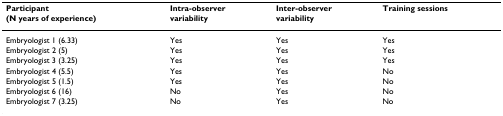
| Participant(N years of experience) | Intra-observervariability | Inter-observervariability | Training sessions |
 | --- | --- | --- | --- |
 | Embryologist 1 (6.33) | Yes | Yes | Yes |
 | Embryologist 2 (5) | Yes | Yes | Yes |
 | Embryologist 3 (3.25) | Yes | Yes | Yes |
 | Embryologist 4 (5.5) | Yes | Yes | No |
 | Embryologist 5 (1.5) | Yes | Yes | No |
 | Embryologist 6 (16) | No | Yes | No |
 | Embryologist 7 (3.25) | No | Yes | No |